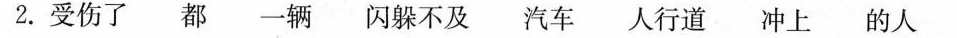
2.受伤了都一辆闪躲不及汽车人行道冲上的人